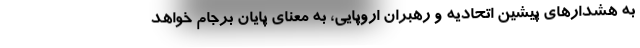
به هشدارهای پیشین اتحادیه و رهبران اروپایی، به معنای پایان برجام خواهد